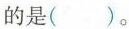
的是()。